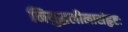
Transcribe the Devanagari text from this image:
नियुद्धलीलासंहृष्टः